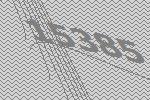
15385